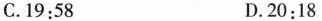
C.$$1 9 : 5 8$$ D.$$2 0 : 1 8$$